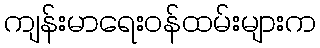
ကျန်းမာရေးဝန်ထမ်းများက